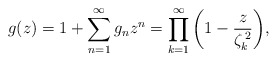
\begin{align*}g(z)=1+\sum_{n=1}^{\infty}g_{n}z^{n}=\prod_{k=1}^{\infty}\left(1-\frac{z}{\zeta_{k}^{\,2}}\right)\!,\end{align*}